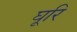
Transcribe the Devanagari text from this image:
घूरि